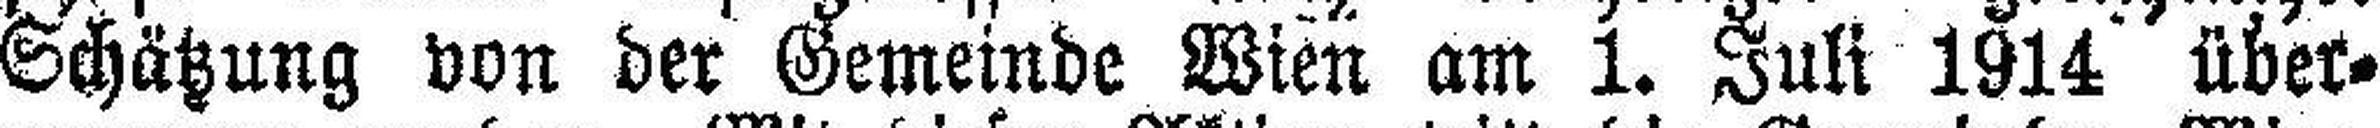
Schätzung von der Gemeinde Wien am 1. Juli 1914 über¬